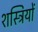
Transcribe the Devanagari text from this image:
शस्त्रियों